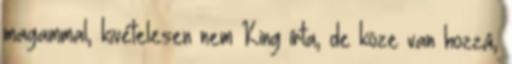
magammal, kivételesen nem King írta, de köze van hozzá,